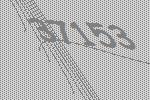
37153